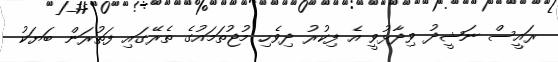
ރައީސް ނަޝީދު ވިދާޅުވީ އެ ފިކުރު ދިވެހި މުޖުތަމައުގެ ތެރޭގައި ފަތުރަން ބަޔަކު